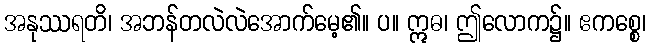
အနုဿရတိ၊ အဘန်တလဲလဲအောက်မေ့၏။ ပ။ ဣဓ၊ ဤလောက၌။ ဧကစ္စေ၊